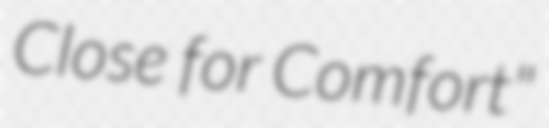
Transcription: Close for Comfort"